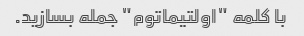
با کلمه "اولتیماتوم" جمله بسازید.